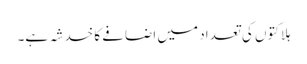
ہلاکتوں کی تعداد میں اضافے کا خدشہ ہے۔